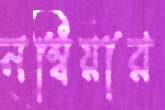
নম্বিয়ার